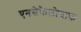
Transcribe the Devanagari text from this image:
एनसेफैलोग्राफ